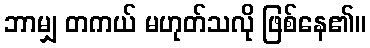
ဘာမျှ တကယ် မဟုတ်သလို ဖြစ်နေ၏။